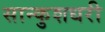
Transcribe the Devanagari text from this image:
सान्कुशधरी